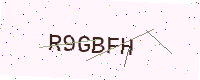
Text: R9GBFH